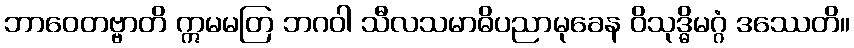
ဘာဝေတဗ္ဗာတိ ဣမမတြ ဘဂဝါ သီလသမာဓိပညာမုခေန ဝိသုဒ္ဓိမဂ္ဂံ ဒဿေတိ။